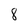
Character: 8